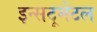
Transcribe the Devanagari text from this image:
इन्सट्रूमेंटल